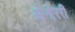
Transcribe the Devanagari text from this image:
ओनोररी